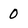
Character: 0